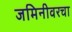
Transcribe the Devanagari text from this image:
जमिनीवरचा